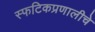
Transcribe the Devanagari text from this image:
स्फटिकप्रणालीचे